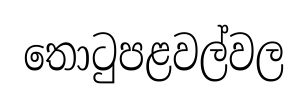
තොටුපළවල්වල